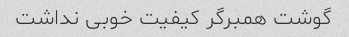
گوشت همبرگر کیفیت خوبی نداشت